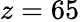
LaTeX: z=65